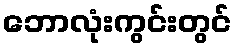
ဘောလုံးကွင်းတွင်